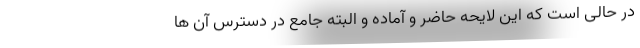
در حالی است که این لایحه حاضر و آماده و البته جامع در دسترس آن ها